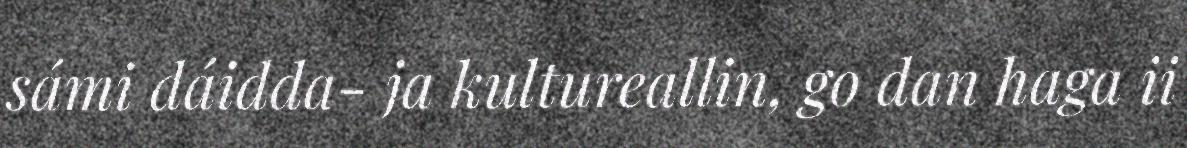
sámi dáidda- ja kultureallin, go dan haga ii